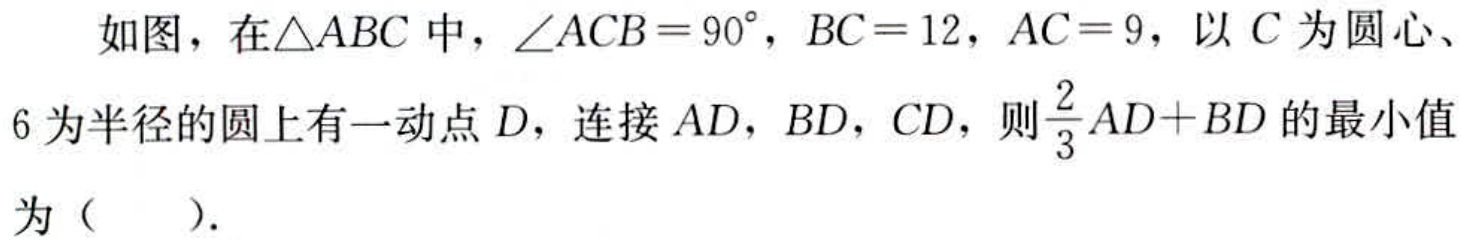
如图，在$\triangle ABC$中，$\angle ACB = 90^{\circ}$，$BC = 12$，$AC = 9$，以$C$为圆心、$6$为半径的圆上有一动点$D$，连接$AD$，$BD$，$CD$，则$\dfrac{2}{3}AD + BD$的最小值为（  ）.